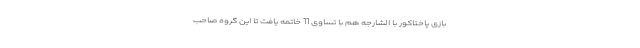
بازی پاختاکور با الشارجه هم با تساوی 11 خاتمه یافت تا این گروه صاحب